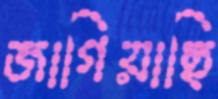
জাগিয়াছি